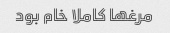
مرغها کاملا خام بود